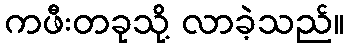
ကဖီးတခုသို့ လာခဲ့သည်။